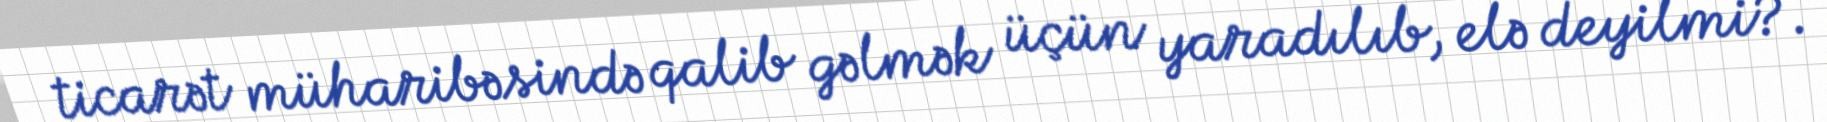
ticarət müharibəsində qalib gəlmək üçün yaradılıb, elə deyilmi?.